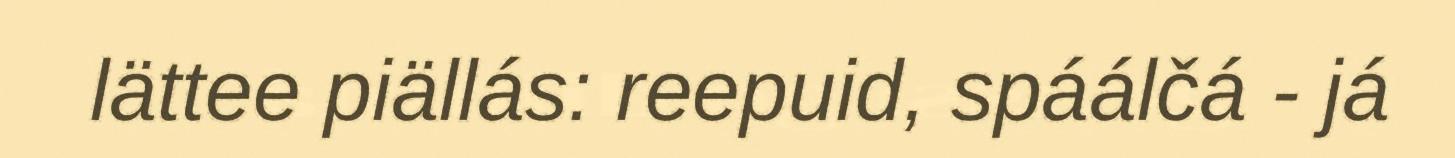
lättee piällás: reepuid, spáálčá - já